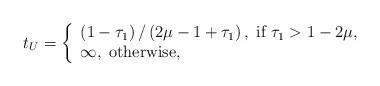
LaTeX: \begin{align*}{t_U} = \left\{ \begin{array}{l} \left( {1 - {\tau _1}} \right)/\left( {2\mu - 1 + {\tau _1}} \right),\;{\rm{if}}\;{\tau _1} > 1 - 2\mu, \\ \infty ,\;{\rm{otherwise}}, \\ \end{array} \right.\end{align*}